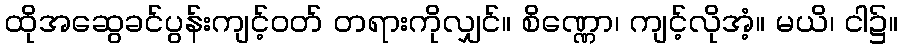
ထိုအဆွေခင်ပွန်းကျင့်ဝတ် တရားကိုလျှင်။ စိဏ္ဏော၊ ကျင့်လိုအံ့။ မယိ၊ ငါ၌။